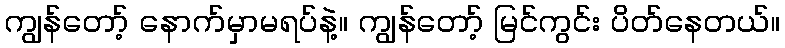
ကျွန်တော့် နောက်မှာမရပ်နဲ့။ ကျွန်တော့် မြင်ကွင်း ပိတ်နေတယ်။